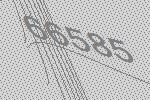
66585